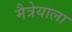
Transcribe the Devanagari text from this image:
मैत्रेयाला